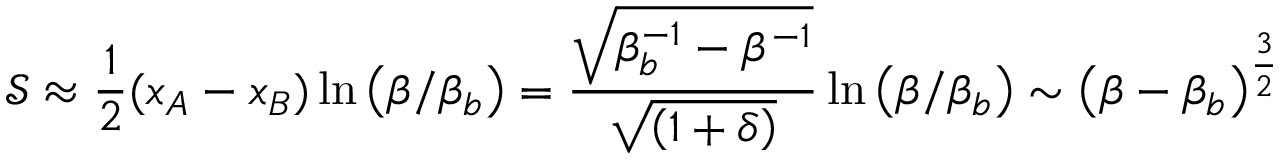
\mathcal { S } \approx \frac { 1 } { 2 } ( x _ { A } - x _ { B } ) \ln \left( { \beta / { \beta _ { b } } } \right) = \frac { { \sqrt { \beta _ { b } ^ { - 1 } - { \beta ^ { - 1 } } } } } { { \sqrt { \left( { 1 + \delta } \right) } } } \ln \left( { \beta / { \beta _ { b } } } \right) \sim { \left( { \beta - { \beta _ { b } } } \right) ^ { \frac { 3 } { 2 } } }